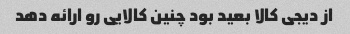
از دیجی کالا بعید بود چنین کالایی رو ارائه دهد